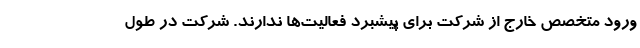
ورود متخصص خارج از شرکت برای پیشبرد فعالیت‌ها ندارند. شرکت در طول